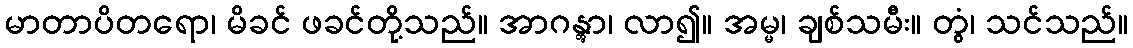
မာတာပိတရော၊ မိခင် ဖခင်တို့သည်။ အာဂန္တွာ၊ လာ၍။ အမ္မ၊ ချစ်သမီး။ တွံ၊ သင်သည်။